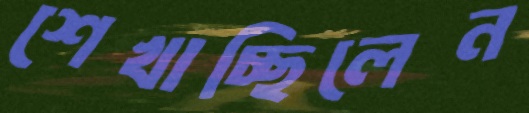
শেখাচ্ছিলেন